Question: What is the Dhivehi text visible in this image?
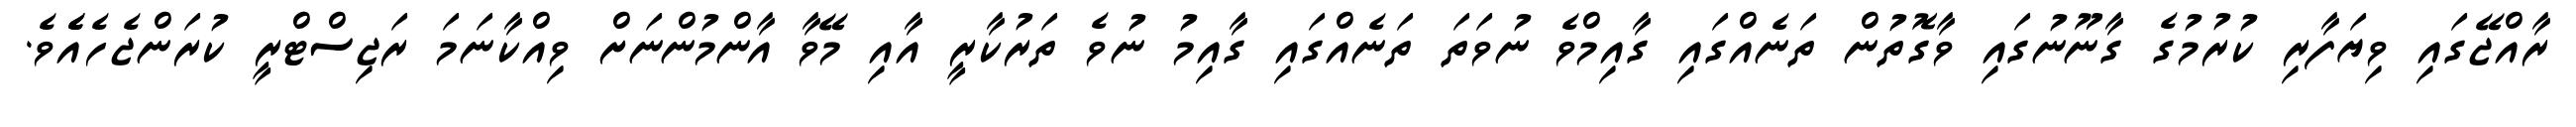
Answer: ރާއްޖޭގައި ވިޔަފާރި ކުރުމުގެ ގާނޫނުގައި ވާގޮތުން ތަނެއްގައި ގާއިމްވެ ނުވަތަ ތަނެއްގައި ގާއިމު ނުވެ ތަރުކާރީ އާއި މޭވާ އާންމުންނަށް ވިއްކާނަމަ ރަޖިސްޓްރީ ކުރަންޖެހެއެެވެ.